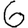
Digit: 6